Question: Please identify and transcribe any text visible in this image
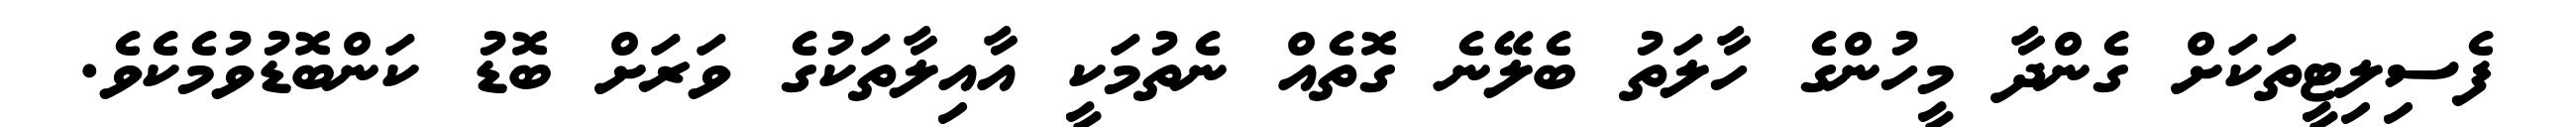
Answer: ފެސިލިޓީތަކަށް ގެންދާ މީހުންގެ ހާލަތު ބެލޭނެ ގޮތެއް ނެތުމަކީ އާއިލާތަކުގެ ވަރަށް ބޮޑު ކަންބޮޑުވުމެކެވެ.